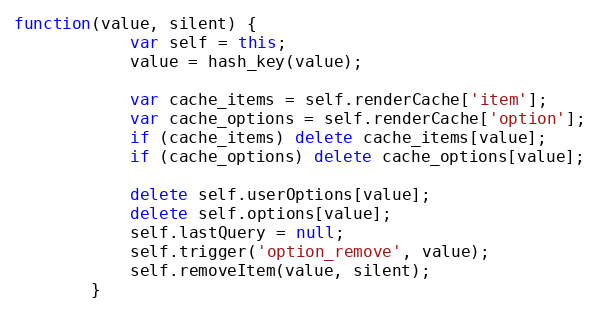
Language: JavaScript
function(value, silent) {
			var self = this;
			value = hash_key(value);

			var cache_items = self.renderCache['item'];
			var cache_options = self.renderCache['option'];
			if (cache_items) delete cache_items[value];
			if (cache_options) delete cache_options[value];

			delete self.userOptions[value];
			delete self.options[value];
			self.lastQuery = null;
			self.trigger('option_remove', value);
			self.removeItem(value, silent);
		}